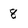
Character: 8